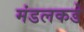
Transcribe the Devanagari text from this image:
मंडलकडे